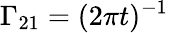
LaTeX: \Gamma_{21}=(2\pi t)^{-1}